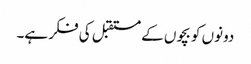
دونوں کو بچوں کے مستقبل کی فکر ہے۔